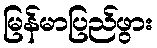
မြန်မာပြည်ဖွား